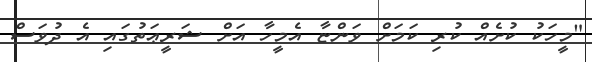
"މީހަކު ކުށެއް ކުރި ކަމަށް ވަންޏާ އެމީހާ އަށް ޝަރީޢަތުގައި އެ ދުވަސް